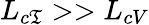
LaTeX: L_{c\mathfrak{T}}>>L_{cV}